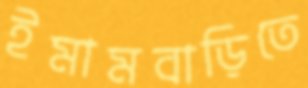
ইমামবাড়িতে